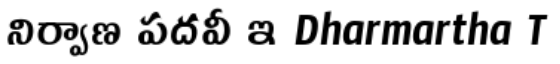
నిర్వాణ పదవీ ఇ Dharmartha T